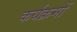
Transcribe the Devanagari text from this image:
कर्यक्रमों